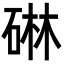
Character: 碄